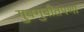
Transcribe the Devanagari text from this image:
गुबगुबीतपणा